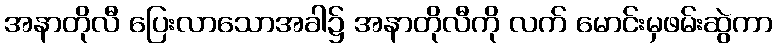
အနာတိုလီ ပြေးလာသောအခါ၌ အနာတိုလီကို လက် မောင်းမှဖမ်းဆွဲကာ